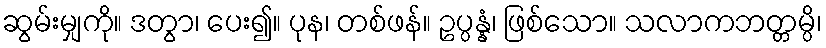
ဆွမ်းမျှကို။ ဒတွာ၊ ပေး၍။ ပုန၊ တစ်ဖန်။ ဥပ္ပန္နံ၊ ဖြစ်သော။ သလာကဘတ္တမ္ပိ၊